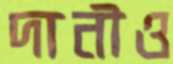
দানীও